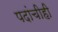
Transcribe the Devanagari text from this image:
पदांचीही